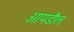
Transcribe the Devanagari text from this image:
आपडौल